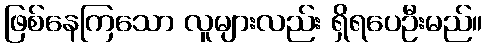
ဖြစ်နေကြသော လူများလည်း ရှိရပေဦးမည်။